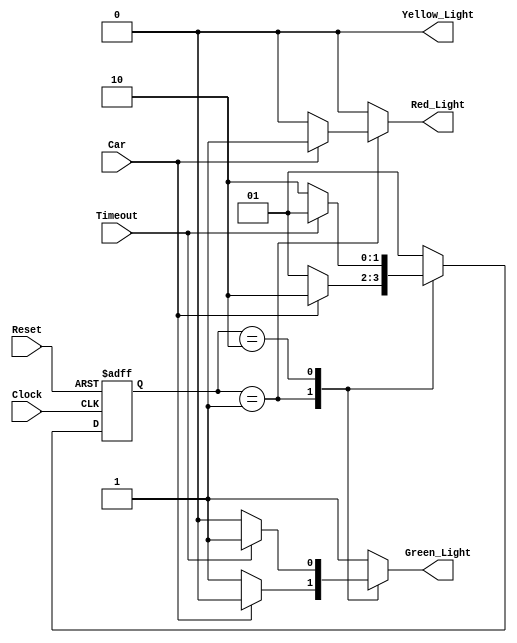
module traffic_light (
    output reg Green_Light, Yellow_Light, Red_Light,
    input wire Car, Timeout, Clock, Reset
);

    // Declaration
    reg [1:0] Current_State, Next_State;
    parameter   sGreen = 2'b01,
                sRed = 2'b10;

    // State memory
    always @ (posedge Clock or negedge Reset)
        begin
            if (!Reset)
                Current_State <= sGreen;
            else
                Current_State <= Next_State;
        end

    // Next state
    always @ (Current_State or Car or Timeout)
        begin
            case (Current_State)
                sGreen  : if (Car == 1'b1) Next_State = sRed;
                          else Next_State = sGreen;
                sRed    : if (Timeout == 1'b1) Next_State = sGreen;
                          else Next_State = sRed;
                default : Next_State = sGreen;
            endcase
        end

    // Output logic
    always @ (Current_State or Car or Timeout)
        begin
            case (Current_State)
                sGreen  : if (Car == 1'b1)
                          begin
                            Green_Light = 1'b0;
                            Yellow_Light = 1'b1;
                            Red_Light = 1'b0;
                            #5 Green_Light = 1'b0;
                            Yellow_Light = 1'b0;
                            Red_Light = 1'b1;
                          end 
                          else
                          begin
                            Green_Light = 1'b1;
                            Yellow_Light = 1'b0;
                            Red_Light = 1'b0;  
                          end
                sRed    : if (Timeout == 1'b1)
                          begin
                            Green_Light = 1'b1;
                            Yellow_Light = 1'b0;
                            Red_Light = 1'b0;
                          end
                          else
                          begin
                            Green_Light = 1'b0;
                            Yellow_Light = 1'b0;
                            Red_Light = 1'b0;
                          end
                default : begin
                            Green_Light = 1'b1;
                            Yellow_Light = 1'b0;
                            Red_Light = 1'b0;
                          end
            endcase
        end

endmodule

module tb_traffic_light ();

    wire green_light, yellow_light, red_light;
    reg car, timeout, clock, reset;

    traffic_light DUT (.Green_Light(green_light), .Yellow_Light(yellow_light), .Red_Light(red_light), .Car(car), .Timeout(timeout), .Clock(clock), .Reset(reset));

    // Clock
    initial
        clock = 1'b0;
    always
        #1 clock = ~clock;

    initial
        begin
            $dumpfile("traffic_light.vcd");
            $dumpvars(0, tb_traffic_light);
            car = 1'b0;
            timeout = 1'b0;
            #2 car = 1'b1;
            #2 car = 1'b0;
            #15 timeout = 1'b1;
            #1 timeout = 1'b0;
            #5;
            $finish;
        end

endmodule